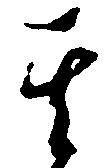
其